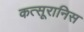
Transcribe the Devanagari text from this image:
कत्सूरानिस